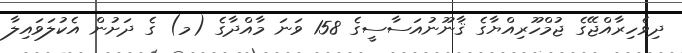
ދިވެހިރާއްޖޭގެ ޖުމްހޫރިއްޔާގެ ޤާނޫނުއަސާސީގެ 158 ވަނަ މާއްދާގެ (މ) ގެ ދަށުން އެކުލަވައިލާ